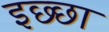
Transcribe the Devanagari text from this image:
इछ्छा